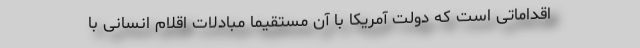
اقداماتی است که دولت آمریکا با آن مستقیماً مبادلات اقلام انسانی با